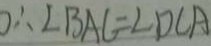
\therefore \angle B A C = \angle D C A